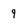
Character: 9